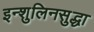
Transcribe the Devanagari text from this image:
इन्शुलिनसुद्धा